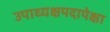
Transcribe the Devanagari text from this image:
उपाध्यक्षपदापेक्षा